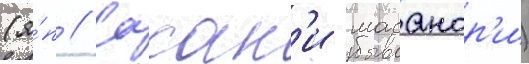
(я́п // Сасак'и масанор'и)